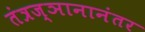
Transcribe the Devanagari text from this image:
तंत्रज्ञानानंतर